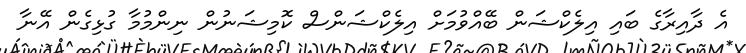
އެ ދާއިރާގެ ބައި އިލެކްޝަން ބޭއްވުމަށް އިލެކްޝަންސް ކޮމިޝަނުން ނިންމުމާ ގުޅިގެން އޭނާ